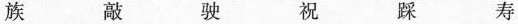
族 敲 驶 祝 踩 寿